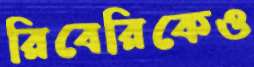
রিবেরিকেও